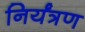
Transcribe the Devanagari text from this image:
निर्यंत्रण